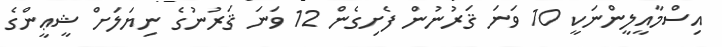
އިސްމާއީލީންނަކީ 10 ވަނަ ޤަރުނުން ފެށިގެން 12 ވަނަ ޤަރުނުގެ ނިޔަލަށް ޝީޢީންގެ